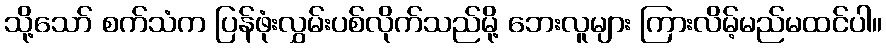
သို့သော် စက်သံက ပြန်ဖုံးလွှမ်းပစ်လိုက်သည်မို့ ဘေးလူများ ကြားလိမ့်မည်မထင်ပါ။